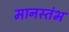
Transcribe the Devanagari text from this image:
मानस्तंभ